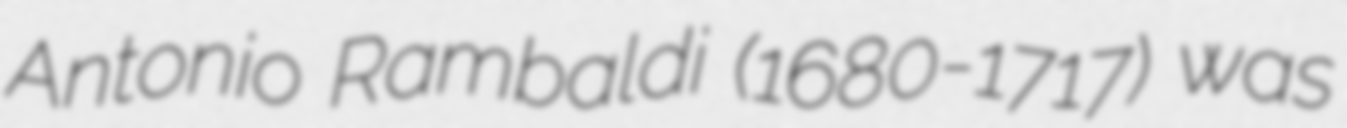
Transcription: Antonio Rambaldi (1680-1717) was